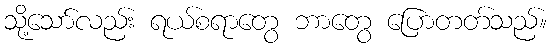
သို့သော်လည်း ရယ်စရာတွေ ဘာတွေ ပြောတတ်သည်။